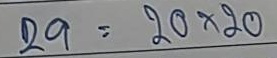
29 = 20 x 20